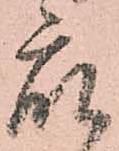
衆